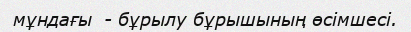
мұндағы  - бұрылу бұрышының өсімшесі.